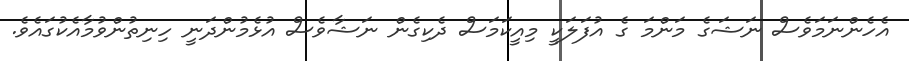
އެހެންނަމަވެސް ނަޝަގެ މަންމަ ގެ އުފަލަކީ މިއީކަމަސް ދެކިގެން ނަޝާވެސް އުޅެމުންދަނީ ހިނިތުންވުމާއެކުގައެވެ.